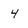
Character: 4